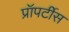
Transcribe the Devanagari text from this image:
प्रॉपर्टीस